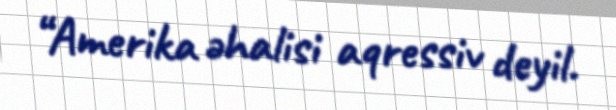
“Amerika əhalisi aqressiv deyil.